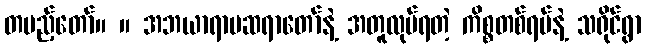
တပည့်တော်။ ။ အဘယာရာမဆရာတော်နဲ့ အတူလုပ်ရတဲ့ ကိစ္စတစ်ရပ်နဲ့ သရိုင်ရွာ